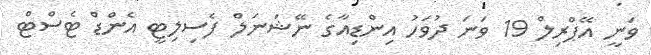
ވަނީ އޭޕްރިލް 19 ވަނަ ދުވަހު އިންޑިއާގެ ނޭޝަނަލް ފެސިލިޓީ އެންޑް ޓެސްޓް